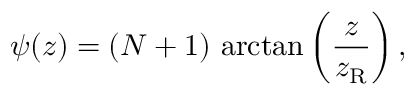
\psi ( z ) = ( N + 1 ) \, \arctan \left( { \frac { z } { z _ { \mathrm { R } } } } \right) ,